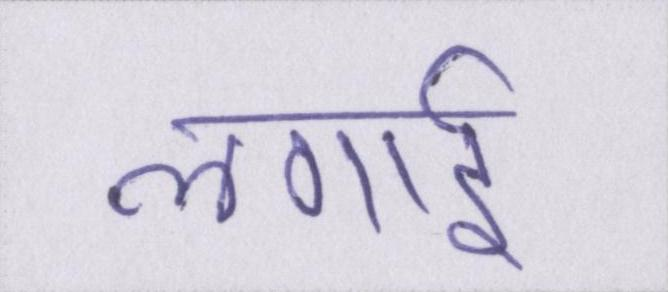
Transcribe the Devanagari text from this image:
लगाई